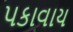
પકાવાય